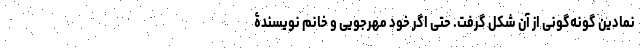
نمادین گونه‌گونی از آن شکل گرفت. حتی اگر خود مهرجویی و خانم نویسندۀ